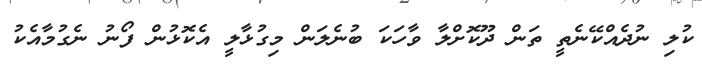
ކުލި ނުދެއްކޭނެތީ ތަން ދޫކޮށްލާ ވާހަކަ ބުނެލަން މިގުޅާލީ އެކޮޅުން ފޯނު ނެގުމާއެކު